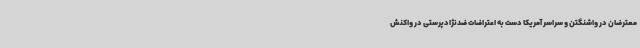
معترضان در واشنگتن و سراسر آمریکا دست به اعتراضات ضدنژادپرستی در واکنش